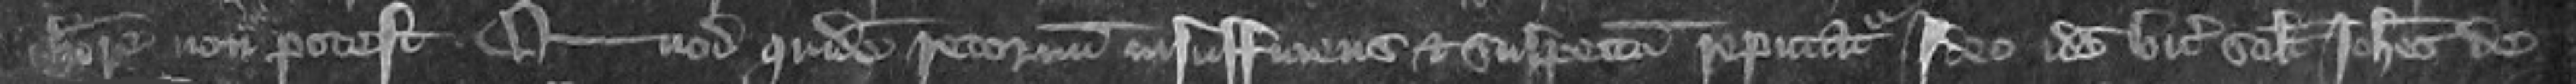
habere non potest Quod quidem retornatum insufficiens et suspectum reputatur Ideo idem vicecomiti scilicet Johannes